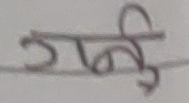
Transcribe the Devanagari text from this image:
गर्न्दु